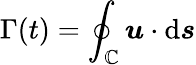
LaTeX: \Gamma(t)=\oint_{\mathbb{C}}{\boldsymbol{u}}\cdot\mathrm{{d}}{\boldsymbol{s}}